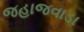
જહાજવાડા